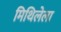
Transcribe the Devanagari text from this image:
मिथिलेला